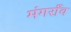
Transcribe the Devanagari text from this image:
मंगराँव